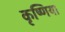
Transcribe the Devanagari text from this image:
कृष्णिया